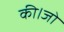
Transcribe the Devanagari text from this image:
की।जो